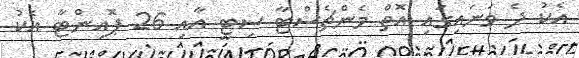
އެކު ދެ ވަނައިގައި އޮތް މެންޗެސްޓާ ސިޓީ އާއި 26 ޕޮއިންޓާ އެކު